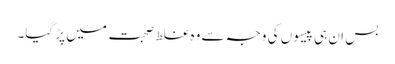
بس ان ہی پیسوں کی وجہ سے وہ غلط صحبت میں پڑ گیا۔